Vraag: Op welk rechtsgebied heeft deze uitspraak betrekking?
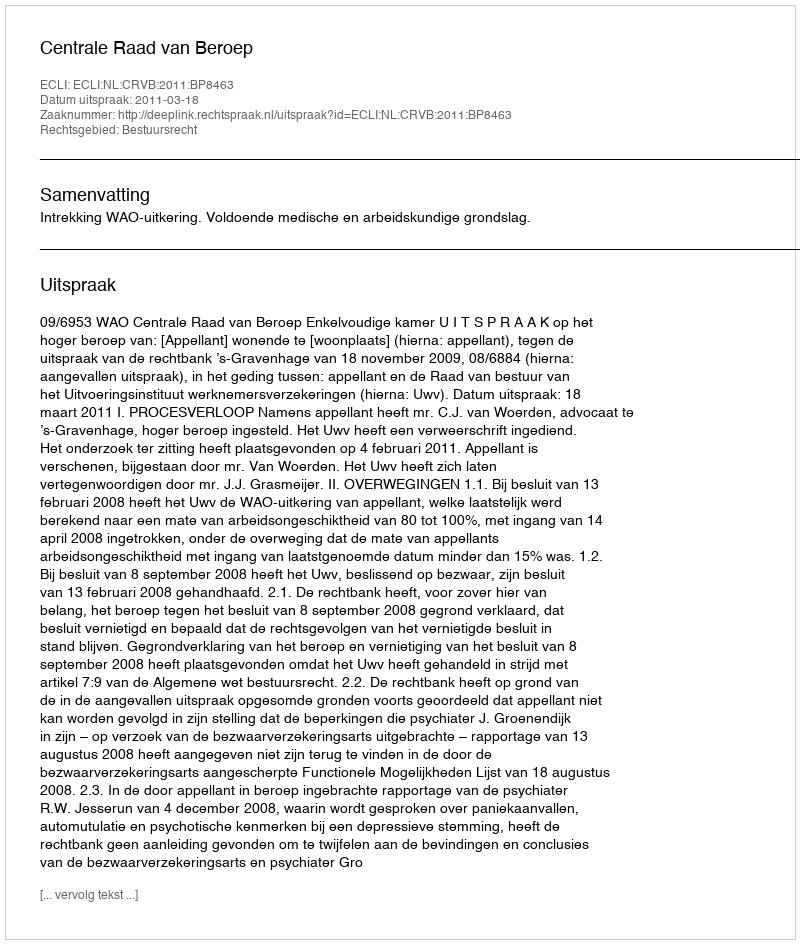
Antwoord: Bestuursrecht